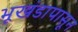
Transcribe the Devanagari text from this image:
भूखंडापासून